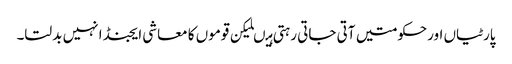
پارٹیاں اورحکومتیں آتی جاتی رہتی ہیںلیکن قوموں کا معاشی ایجنڈا نہیں بدلتا۔